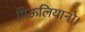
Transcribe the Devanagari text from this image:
गिऊलियानो।